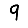
Digit: 9